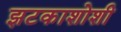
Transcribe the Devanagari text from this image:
झटकाशोशी